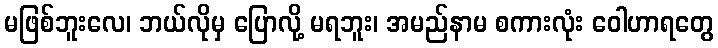
မဖြစ်ဘူးလေ၊ ဘယ်လိုမှ ပြောလို့ မရဘူး၊ အမည်နာမ စကားလုံး ဝေါဟာရတွေ